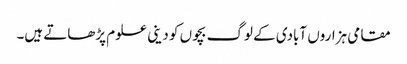
مقامی ہزاروں آبادی کے لوگ بچوں کو دینی علوم پڑھاتے ہیں۔